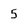
Character: 5